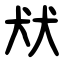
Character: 㹜